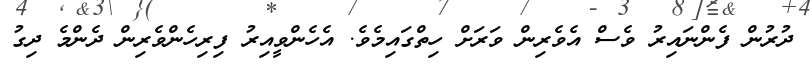
ދުރުން ފެންނައިރު ވެސް އެވެރިން ވަރަށް ހިތްގައިމެވެ. އެހެންވީއިރު ފިރިހެންވެރިން ދެންމެ ދިގު